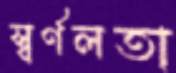
স্বর্ণলতা